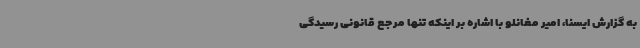
به گزارش ایسنا، امیر مغانلو با اشاره بر اینکه تنها مرجع قانونی رسیدگی